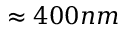
\approx 4 0 0 n m